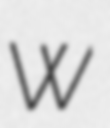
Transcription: W